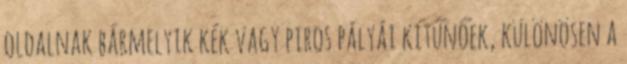
oldalnak bármelyik kék vagy piros pályái kitűnőek, különösen a